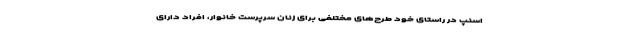
اسنپ در راستای خود طرح‌های مختلفی برای زنان سرپرست خانوار، افراد دارای